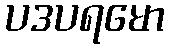
ပဒပရမော